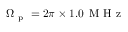
\Omega _ { \mathrm { ~ p ~ } } = 2 \pi \times 1 . 0 \, \mathrm { ~ M ~ H ~ z ~ }